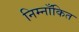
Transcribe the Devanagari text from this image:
निम्नाँकित